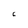
Character: C